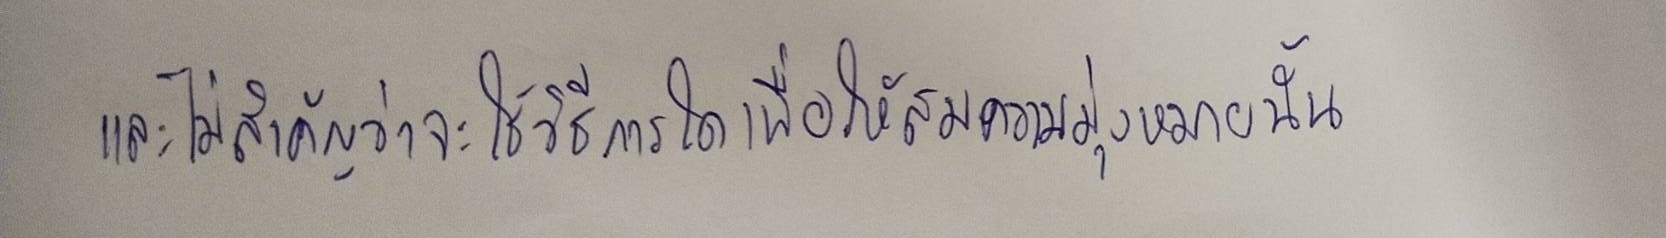
และไม่สำคัญว่าจะใช้วิธีการใดเพื่อให้สมความมุ่งหมายนั้น